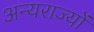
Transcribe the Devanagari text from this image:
अन्यराज्यों